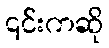
၎င်းကဆို